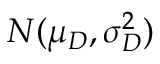
N ( \mu _ { D } , \sigma _ { D } ^ { 2 } )